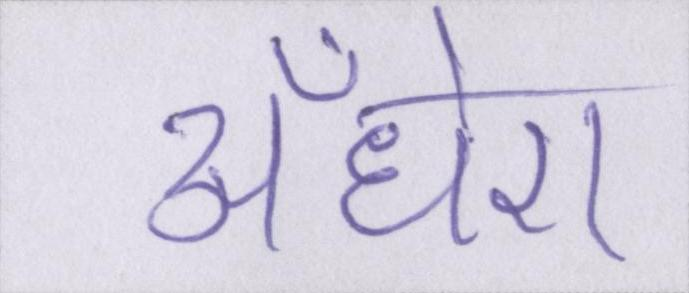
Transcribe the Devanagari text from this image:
अँधेरा